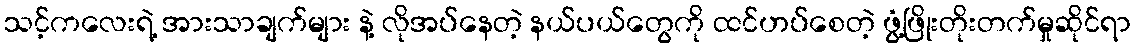
သင့်ကလေးရဲ့ အားသာချက်များ နဲ့ လိုအပ်နေတဲ့ နယ်ပယ်တွေကို ထင်ဟပ်စေတဲ့ ဖွံ့ဖြိုးတိုးတက်မှုဆိုင်ရာ